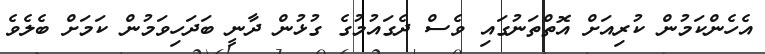
އެހެންކަމުން ކުރިއަށް އޮތްތަނުގައި ވެސް ދެގައުމުގެ ގުޅުން ދާނީ ބަދަހިވަމުން ކަމަށް ބެލެވެ